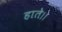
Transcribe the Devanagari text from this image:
हाते।।